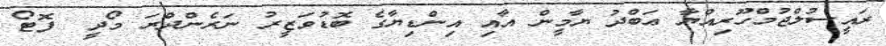
ރައީސުލްޖުމްހޫރިއްޔާ ޢަބްދު ޔާމީން އާއި އިންޑިޔާގެ ބޮޑުވަޒީރު ނަރެންދްރަ މޯދީ  ފޮޓޯ